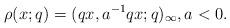
LaTeX: \begin{align*}\rho(x;q)=(qx,a^{-1}qx;q)_\infty,a<0.\end{align*}